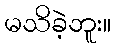
မသိခဲ့ဘူး။